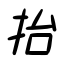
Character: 抬